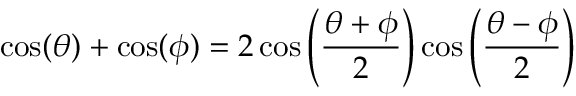
\cos ( \theta ) + \cos ( \phi ) = 2 \cos \left( \frac { \theta + \phi } { 2 } \right) \cos \left( \frac { \theta - \phi } { 2 } \right)